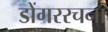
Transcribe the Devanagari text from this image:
डोंगररचना